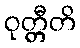
ဝုတ္တီတိ